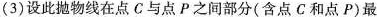
(3)设此抛物线在点C与点P之间部分(含点C和点P)最